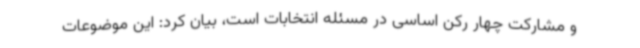
و مشارکت چهار رکن اساسی در مسئله انتخابات است، بیان کرد: این موضوعات